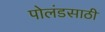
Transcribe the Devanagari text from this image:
पोलंडसाठी